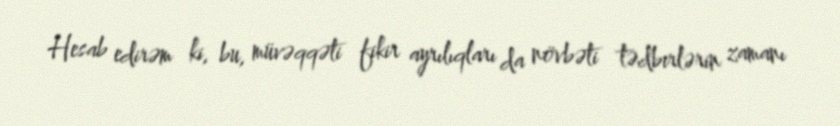
Hesab edirəm ki, bu, müvəqqəti fikir ayrılıqları da növbəti tədbirlərin zamanı